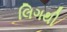
લિગથી